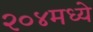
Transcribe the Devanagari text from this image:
२०४मध्ये